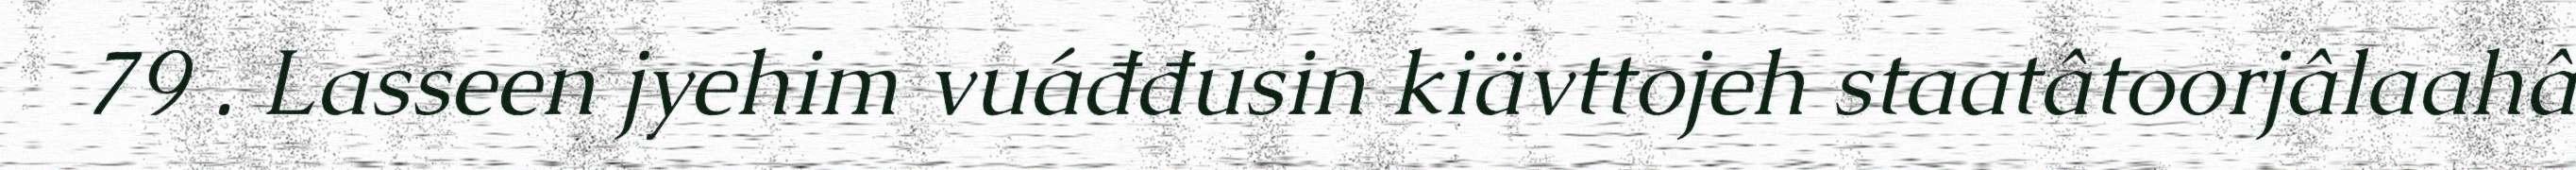
79 . Lasseen jyehim vuáđđusin kiävttojeh staatâtoorjâlaahâ